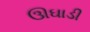
ઊઘાડી